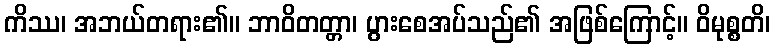
ကိဿ၊ အဘယ်တရား၏။ ဘာဝိတတ္တာ၊ ပွားစေအပ်သည်၏ အဖြစ်ကြောင့်။ ဝိမုစ္စတိ၊